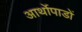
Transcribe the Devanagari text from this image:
आर्थोपाडों